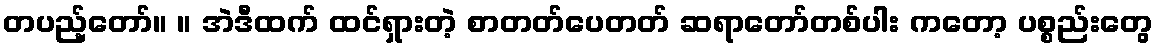
တပည့်တော်။ ။ အဲဒီထက် ထင်ရှားတဲ့ စာတတ်ပေတတ် ဆရာတော်တစ်ပါး ကတော့ ပစ္စည်းတွေ